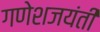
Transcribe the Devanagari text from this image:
गणेशजयंती